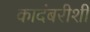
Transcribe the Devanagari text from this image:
कादंबरीशी